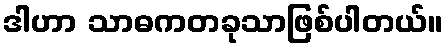
ဒါဟာ သာဓကတခုသာဖြစ်ပါတယ်။